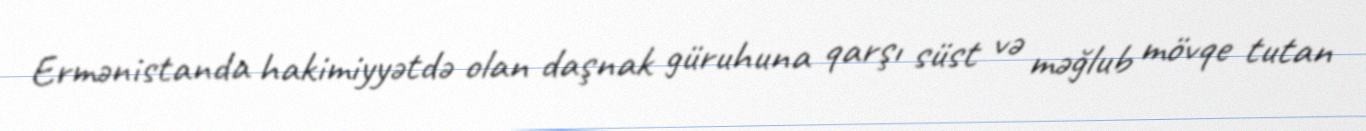
Ermənistanda hakimiyyətdə olan daşnak güruhuna qarşı süst və məğlub mövqe tutan